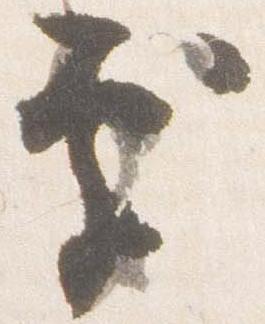
処